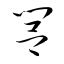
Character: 閭